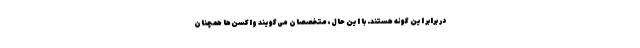
در برابر این گونه هستند. با این حال، متخصصان می‌گویند واکسن‌ها همچنان